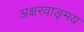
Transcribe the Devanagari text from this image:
अक्षरवाङ्‌मय